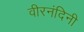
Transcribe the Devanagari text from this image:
वीरनंदिनी